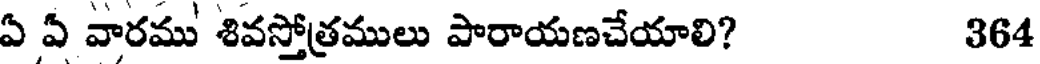
ఏ ఏ వారము శివస్తోత్రములు పారాయణచేయాలి? 364